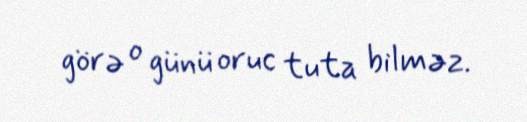
görə o günü oruc tuta bilməz.